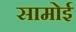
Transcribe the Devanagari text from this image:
सामोई